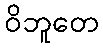
ဝိဘူတေ